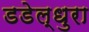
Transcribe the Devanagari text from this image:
डडेल्धुरा